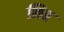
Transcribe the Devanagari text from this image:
छिब